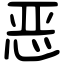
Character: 恶